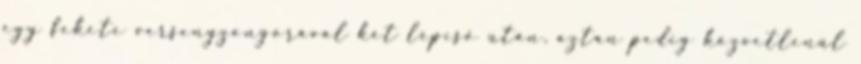
egy fekete versenyzongorával két lépcső után, aztán pedig közvetlenül